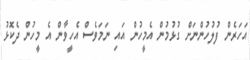
އަހަރެން ފުލުހުންނަށް ގުޅުމުން އެމީހުން އައި ނަމަވެސް އެހީވާން އެ މީހުން ދެކޮޅު